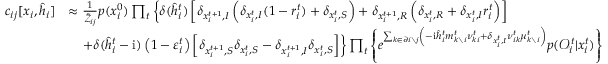
\begin{array} { r l } { c _ { i j } [ \boldsymbol { x } _ { i } , \hat { \boldsymbol { h } } _ { i } ] } & { \approx \frac { 1 } { \tilde { \mathcal { Z } } _ { i j } } p ( x _ { i } ^ { 0 } ) \prod _ { t } \left\{ \delta ( \hat { h } _ { i } ^ { t } ) \left[ \delta _ { x _ { i } ^ { t + 1 } , I } \left( \delta _ { x _ { i } ^ { t } , I } ( 1 - r _ { i } ^ { t } ) + \delta _ { x _ { i } ^ { t } , S } \right) + \delta _ { x _ { i } ^ { t + 1 } , R } \left( \delta _ { x _ { i } ^ { t } , R } + \delta _ { x _ { i } ^ { t } , I } r _ { i } ^ { t } \right) \right] \right. } \\ & { \quad \left. + \delta ( \hat { h } _ { i } ^ { t } - \mathrm { i } ) \left( 1 - \varepsilon _ { i } ^ { t } \right) \left[ \delta _ { x _ { i } ^ { t + 1 } , S } \delta _ { x _ { i } ^ { t } , S } - \delta _ { x _ { i } ^ { t + 1 } , I } \delta _ { x _ { i } ^ { t } , S } \right] \right\} \prod _ { t } \left\{ e ^ { \sum _ { k \in \partial i \setminus j } \left( - \mathrm { i } \hat { h } _ { i } ^ { t } m _ { k \setminus i } ^ { t } \nu _ { k i } ^ { t } + \delta _ { x _ { i } ^ { t } , I } \nu _ { i k } ^ { t } \mu _ { k \setminus i } ^ { t } \right) } p ( \mathcal { O } _ { i } ^ { t } | x _ { i } ^ { t } ) \right\} } \end{array}